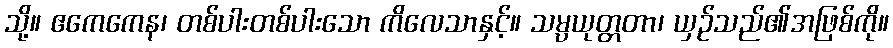
သို့။ ဧကေကေန၊ တစ်ပါးတစ်ပါးသော ကိလေသာနှင့်။ သမ္ပယုတ္တတာ၊ ယှဉ်သည်၏အဖြစ်ကို။